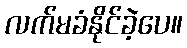
လက်မခံနိုင်ခဲ့ပေ။